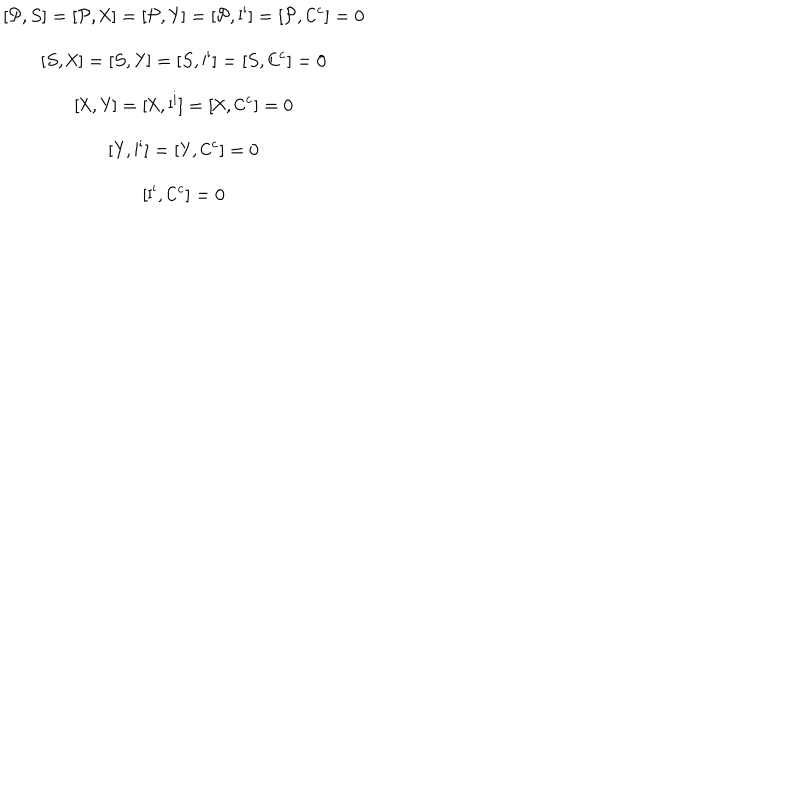
LaTeX: \begin{array} { c } { { [ { \cal P } , S ] = [ { \cal P } , { \sf X } ] = [ { \cal P } , { \sf Y } ] = [ { \cal P } , { \sf I } ^ { \sf i } ] = [ { \cal P } , { \sf C } ^ { \sf c } ] = 0 } } \\ { { [ S , { \sf X } ] = [ S , { \sf Y } ] = [ S , { \sf I } ^ { \sf i } ] = [ S , { \sf C } ^ { \sf c } ] = 0 } } \\ { { [ { \sf X } , { \sf Y } ] = [ { \sf X } , { \sf I } ^ { \sf i } ] = [ { \sf X } , { \sf C } ^ { \sf c } ] = 0 } } \\ { { [ { \sf Y } , { \sf I } ^ { \sf i } ] = [ { \sf Y } , { \sf C } ^ { \sf c } ] = 0 } } \\ { { [ { \sf I } ^ { \sf i } , { \sf C } ^ { \sf c } ] = 0 } } \\ \end{array}